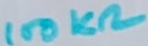
Text: 100KΩ